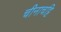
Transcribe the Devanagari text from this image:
चीनाचट्टि